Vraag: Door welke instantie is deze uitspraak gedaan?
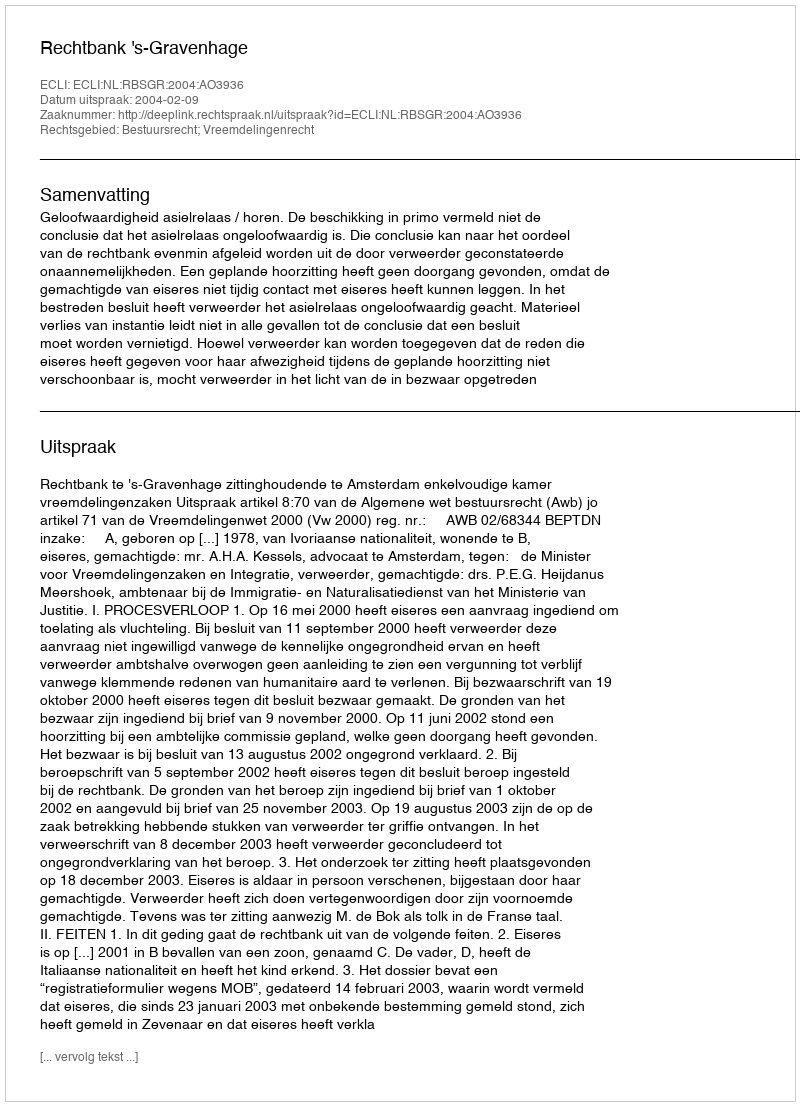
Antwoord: Rechtbank 's-Gravenhage